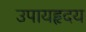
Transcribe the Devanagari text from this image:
उपायहृदय